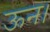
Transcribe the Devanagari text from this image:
ऊन।